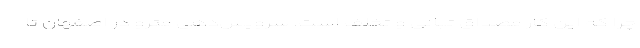
چرا که این کار مصداق تبانی و تخلف است. سرویس‌دهی مترو در اصفهان تا